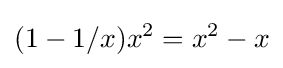
(1-1/x)x^{2}=x^{2}-x